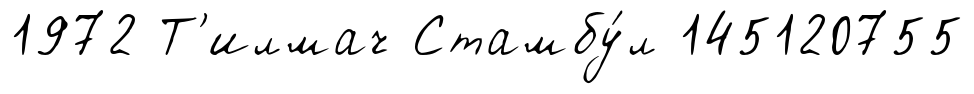
1972 Т'илмач Стамбу́л 145120755